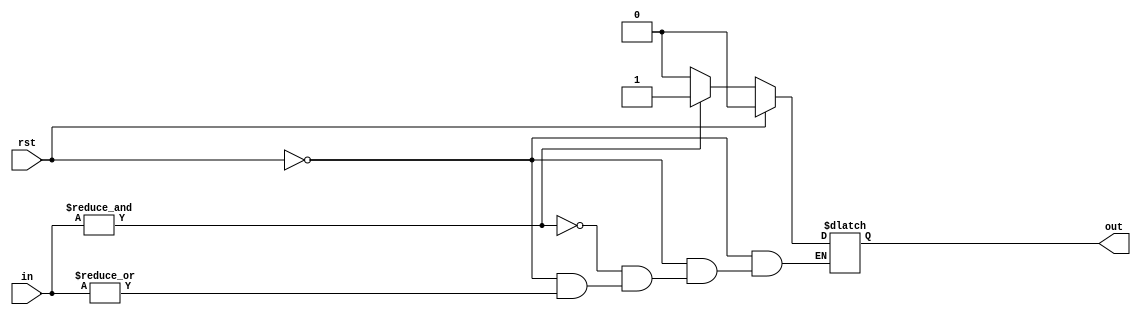
`timescale 1ns / 1ps

(* keep_hierarchy = "yes" *) module c_elem#(
	parameter						IN_NUM = 2
)
(
//---------CTRL-----------------------
	input							rst,
//---------IN-------------------------
	input	[IN_NUM-1 : 0]					in,
//---------OUT------------------------
	output							out
//------------------------------------
);

/*
wire [IN_NUM-1 : 0] in_rst;
assign in_rst = in & ({IN_NUM{!rst}});
*/
(* keep = "true" *) reg out_r = 0;

assign out = out_r;

always@(*)
begin
	if(rst)
	begin
		out_r = 0;
	end
	else
	begin
		if(!(|in))
		begin
			out_r = 0;
		end
		if(&in)
		begin
			out_r = 1;
		end
	end
end



endmodule